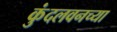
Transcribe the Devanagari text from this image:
कुंदलवनच्या